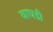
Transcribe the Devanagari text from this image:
वाघडी